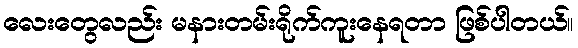
လေးတွေလည်း မနားတမ်းရိုက်ကူးနေရတာ ဖြစ်ပါတယ်။